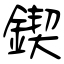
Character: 鍥